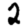
Digit: 2